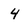
Character: 4